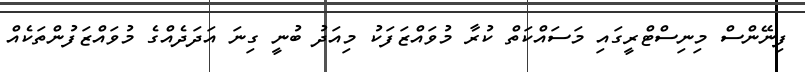
ފިނޭންސް މިނިސްޓްރީގައި މަސައްކަތް ކުރާ މުވައްޒަފަކު މިއަދު ބުނީ ގިނަ އަދަދެއްގެ މުވައްޒަފުންތަކެއް